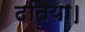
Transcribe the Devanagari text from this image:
दतिया।